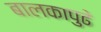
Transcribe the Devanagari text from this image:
बालकापुढे